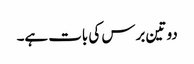
دو تین برس کی بات ہے۔